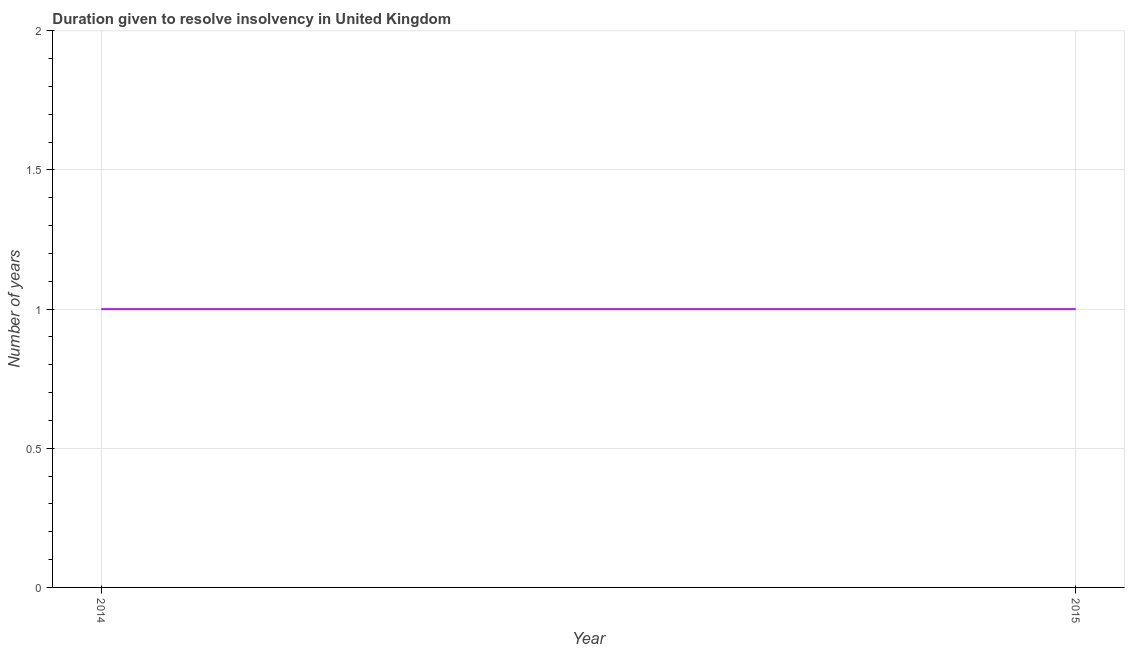
| Year | Resolve insolvency |
 | --- | --- |
 | 2014 | 1 |
 | 2015 | 1 |